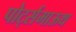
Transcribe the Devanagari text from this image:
पोर्ट्समाऊथ